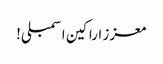
معزز اراکین اسمبلی!